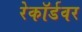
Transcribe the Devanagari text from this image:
रेकॉर्डवर